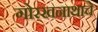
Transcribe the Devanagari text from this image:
गोरखनाथाचे